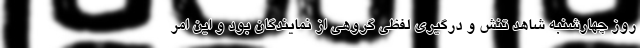
روز چهارشنبه شاهد تنش و درگیری لفظی گروهی از نمایندگان بود و این امر